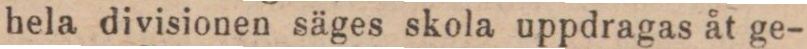
hela divisionen säges skola uppdragas åt ge-